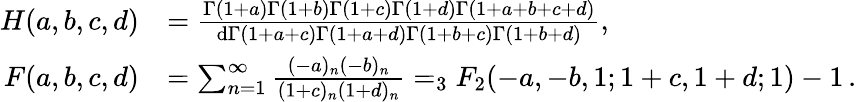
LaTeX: \begin{array}{rl}{H(a,b,c,d)}&{=\frac{\Gamma(1+a)\Gamma(1+b)\Gamma(1+c)\Gamma(1+d)\Gamma(1+a+b+c+d)}{\mathrm{d}\Gamma(1+a+c)\Gamma(1+a+d)\Gamma(1+b+c)\Gamma(1+b+d)},}\\ {F(a,b,c,d)}&{=\sum_{n=1}^{\infty}\frac{(-a)_{n}(-b)_{n}}{(1+c)_{n}(1+d)_{n}}=_{3}F_{2}(-a,-b,1;1+c,1+d;1)-1\, .}\end{array}